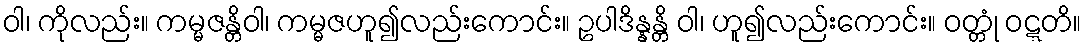
ဝါ၊ ကိုလည်း။ ကမ္မဇန္တိဝါ၊ ကမ္မဇဟူ၍လည်းကောင်း။ ဥပါဒိန္နန္တိ ဝါ၊ ဟူ၍လည်းကောင်း။ ဝတ္တုံ ဝဋ္ဋတိ။